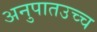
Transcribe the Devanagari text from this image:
अनुपातउच्च